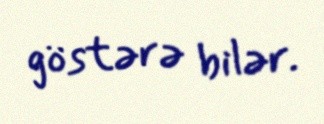
göstərə bilər.